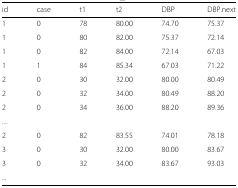
<table><thead><tr><td><b>id</b></td><td><b>case</b></td><td><b>t1</b></td><td><b>t2</b></td><td><b>DBP</b></td><td><b>DBP.next</b></td></tr></thead><tbody><tr><td>1</td><td>0</td><td>78</td><td>80.00</td><td>74.70</td><td>75.37</td></tr><tr><td>1</td><td>0</td><td>80</td><td>82.00</td><td>75.37</td><td>72.14</td></tr><tr><td>1</td><td>0</td><td>82</td><td>84.00</td><td>72.14</td><td>67.03</td></tr><tr><td>1</td><td>1</td><td>84</td><td>85.34</td><td>67.03</td><td>71.22</td></tr><tr><td>2</td><td>0</td><td>30</td><td>32.00</td><td>80.00</td><td>80.49</td></tr><tr><td>2</td><td>0</td><td>32</td><td>34.00</td><td>80.49</td><td>88.20</td></tr><tr><td>2</td><td>0</td><td>34</td><td>36.00</td><td>88.20</td><td>89.36</td></tr><tr><td>....</td><td colspan="5"></td></tr><tr><td>2</td><td>0</td><td>82</td><td>83.55</td><td>74.01</td><td>78.18</td></tr><tr><td>3</td><td>0</td><td>30</td><td>32.00</td><td>80.00</td><td>83.67</td></tr><tr><td>3</td><td>0</td><td>32</td><td>34.00</td><td>83.67</td><td>93.03</td></tr><tr><td>...</td><td colspan="5"></td></tr></tbody></table>